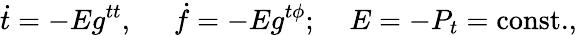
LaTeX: \dot{t}=-Eg^{tt},\; \; \; \; \; \dot{f}=-Eg^{t\phi};\; \; \; \; E=-P_{t}=\mathrm{const.},